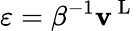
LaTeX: \varepsilon=\beta^{-1}\mathbf{v}^{\mathrm{{~L~}}}